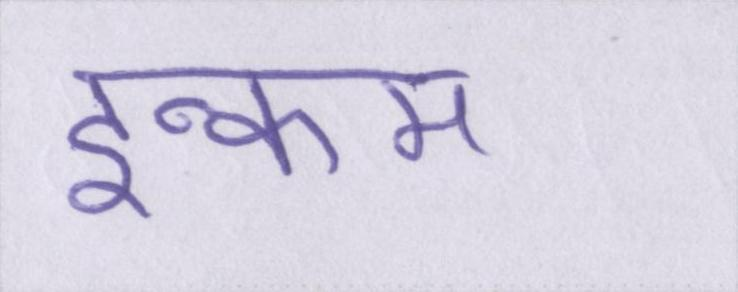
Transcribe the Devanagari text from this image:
इन्कम